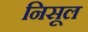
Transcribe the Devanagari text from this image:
निसूल